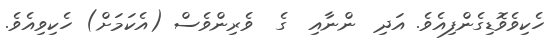
ހެކިވެވޮޑިގެންފިއެވެ. އަދި  ންނާއި  ގެ  ވެރިންވެސް (އެކަމަށް) ހެކިވިއެވެ.